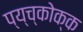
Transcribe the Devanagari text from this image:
प्य्च्कोक्क